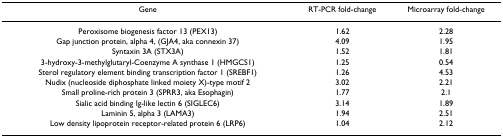
<table><thead><tr><td><b>Gene</b></td><td><b>RT-PCR fold-change</b></td><td><b>Microarray fold-change</b></td></tr></thead><tbody><tr><td>Peroxisome biogenesis factor 13 (PEX13)</td><td>1.62</td><td>2.28</td></tr><tr><td>Gap junction protein, alpha 4, (GJA4, aka connexin 37)</td><td>4.09</td><td>1.95</td></tr><tr><td>Syntaxin 3A (STX3A)</td><td>1.52</td><td>1.81</td></tr><tr><td>3-hydroxy-3-methylglutaryl-Coenzyme A synthase 1 (HMGCS1)</td><td>1.25</td><td>0.54</td></tr><tr><td>Sterol regulatory element binding transcription factor 1 (SREBF1)</td><td>1.26</td><td>4.53</td></tr><tr><td>Nudix (nucleoside diphosphate linked moiety X)-type motif 2</td><td>3.02</td><td>2.21</td></tr><tr><td>Small proline-rich protein 3 (SPRR3, aka Esophagin)</td><td>1.77</td><td>2.1</td></tr><tr><td>Sialic acid binding Ig-like lectin 6 (SIGLEC6)</td><td>3.14</td><td>1.89</td></tr><tr><td>Laminin 5, alpha 3 (LAMA3)</td><td>1.94</td><td>2.51</td></tr><tr><td>Low density lipoprotein receptor-related protein 6 (LRP6)</td><td>1.04</td><td>2.12</td></tr></tbody></table>